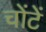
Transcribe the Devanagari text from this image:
चोंटें